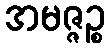
အမဇ္ဇဉ္စ